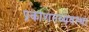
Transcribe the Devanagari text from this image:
प्रकाशनव्यवस्था